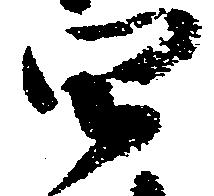
四